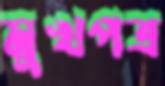
মুখপত্র